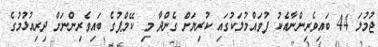
ޖުމުލަ 44 ބައިވެރިންނާއެކު ފުވައްމުލަކުގައި ކުރިޔަށް ގެންދާ މި ކޭމްޕުގެ ބައިވެރިންނަށް ދިރިއުޅުމުގެ